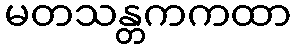
မတသန္တကကထာ